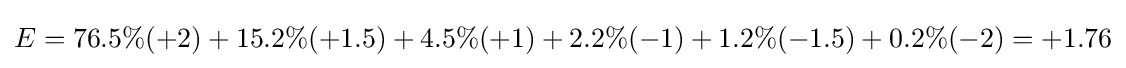
E=76.5\%(+2)+15.2\%(+1.5)+4.5\%(+1)+2.2\%(-1)+1.2\%(-1.5)+0.2\%(-2)=+1.76